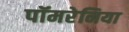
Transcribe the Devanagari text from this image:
पॉमरेनिया